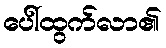
ပေါ်ထွက်လာ၏